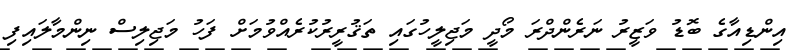
އިންޑިއާގެ ބޮޑު ވަޒީރު ނަރެންދްރަ މޯދީ މަޖިލީހުގައި ތަޤުރީރުކުރެއްވުމަށް ފަހު މަޖިލިސް ނިންމާލައިފި